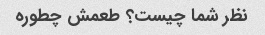
نظر شما چیست؟ طعمش چطوره